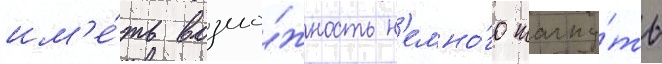
им'е́ть возмо́жность н'емно́го шагну́ть